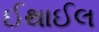
ઈથાઈલ